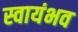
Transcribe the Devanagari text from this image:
स्वायंभव